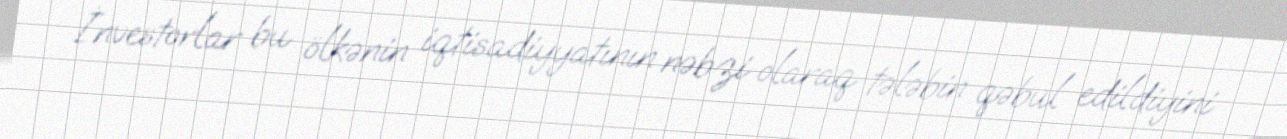
İnvestorlar bu ölkənin iqtisadiyyatının nəbzi olaraq tələbin qəbul edildiyini